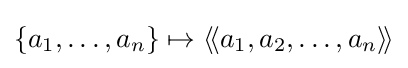
\{a_{1},\ldots ,a_{n}\}\mapsto \langle \!\langle a_{1},a_{2},\ldots ,a_{n}\rangle \!\rangle